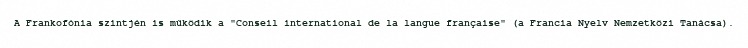
A Frankofónia szintjén is működik a "Conseil international de la langue française" (a Francia Nyelv Nemzetközi Tanácsa).